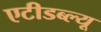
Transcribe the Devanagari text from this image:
एटीडब्ल्यू